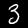
Digit: 3